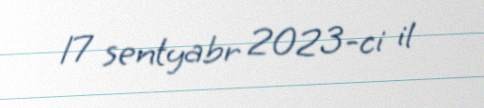
17 sentyabr 2023-ci il